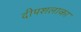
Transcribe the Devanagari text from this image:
दीपशलाका